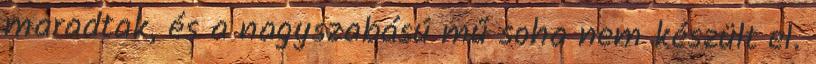
maradtak, és a nagyszabású mű soha nem készült el.